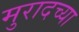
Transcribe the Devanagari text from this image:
मुरादच्या